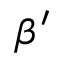
\beta ^ { \prime }